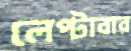
লেপ্‌টাবার